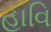
હાવિ